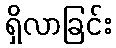
ရှိလာခြင်း